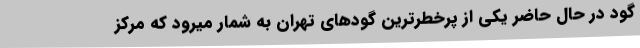
گود در حال حاضر یکی از پرخطرترین گودهای تهران به شمار میرود که مرکز